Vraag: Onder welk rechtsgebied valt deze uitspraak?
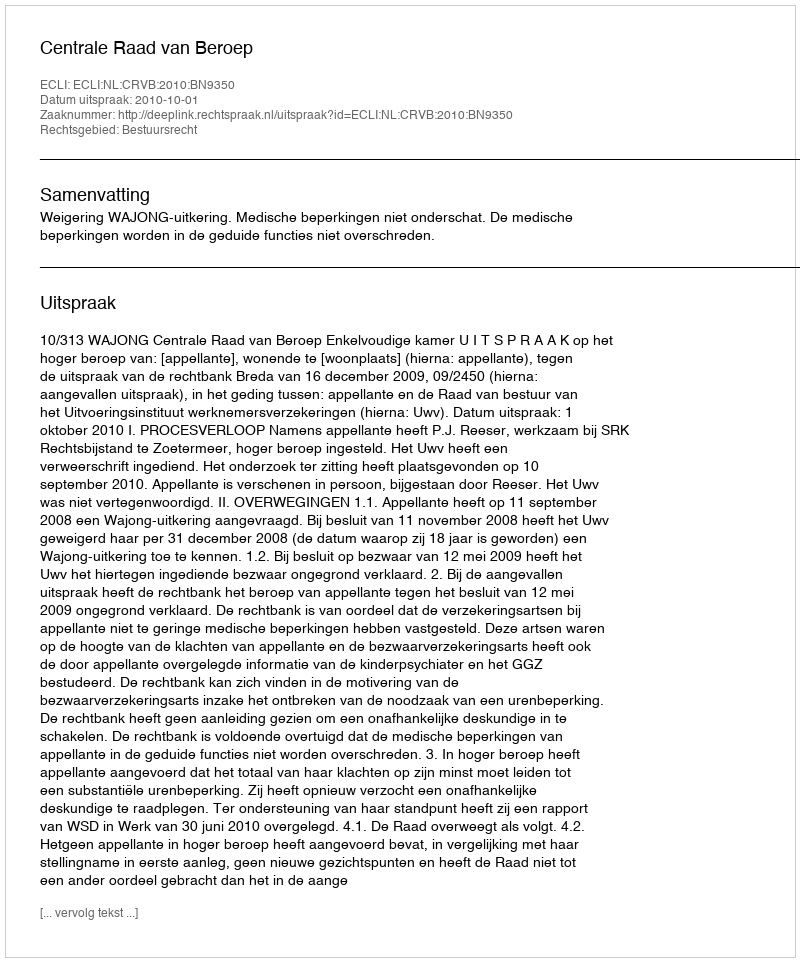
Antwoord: Bestuursrecht